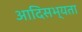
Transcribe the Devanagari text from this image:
आदिसभ्‍यता